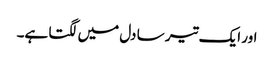
اور ایک تیر سا دل میں لگتا ہے۔